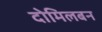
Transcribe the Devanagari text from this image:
दोमिलबन